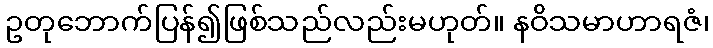
ဥတုဘောက်ပြန်၍ဖြစ်သည်လည်းမဟုတ်။ နဝိသမာဟာရဇံ၊